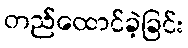
တည်ထောင်ခဲ့ခြင်း